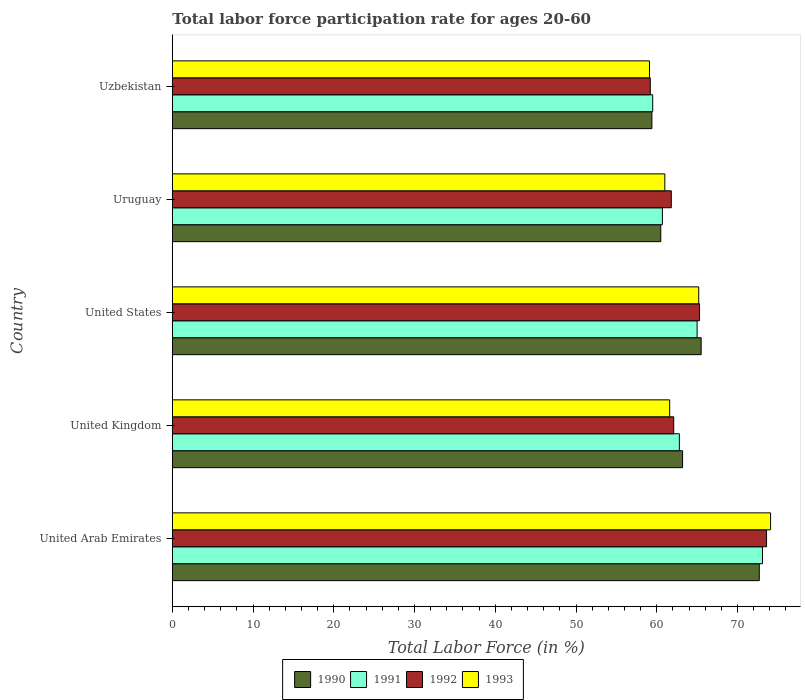
| Country | 1990 | 1991 | 1992 | 1993 |
 | --- | --- | --- | --- | --- |
 | United Arab Emirates | 72.7 | 73.1 | 73.6 | 74.1 |
 | United Kingdom | 63.2 | 62.8 | 62.1 | 61.6 |
 | United States | 65.5 | 65 | 65.3 | 65.2 |
 | Uruguay | 60.5 | 60.7 | 61.8 | 61 |
 | Uzbekistan | 59.4 | 59.5 | 59.2 | 59.1 |